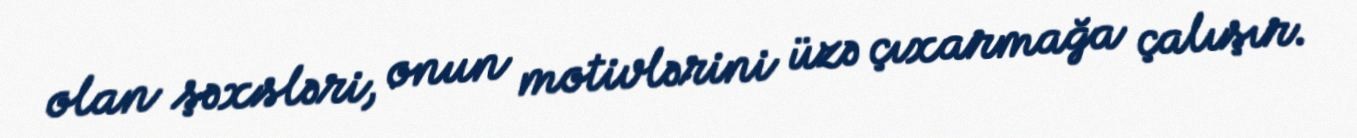
olan şəxsləri, onun motivlərini üzə çıxarmağa çalışır.